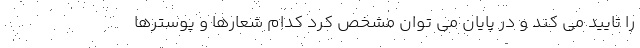
را تایید می کند و در پایان می توان مشخص کرد کدام شعارها و پوسترها